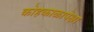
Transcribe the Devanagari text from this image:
कोहकाळापेक्षा